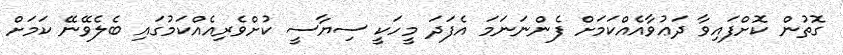
ގޮތުން ކޮށްފައިވާ ދަޢުވާއެއްކަމަށް ފެންނަނަމަ އެފަދަ މީހަކީ ސިޔާސީ ކުށްވެރިއެއްކަމުގައި ބެލެވޭނޭ ކަމަށް